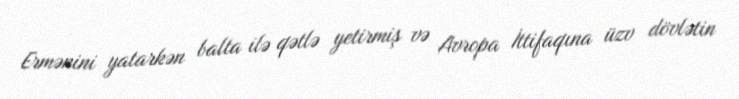
Ermənini yatarkən balta ilə qətlə yetirmiş və Avropa İttifaqına üzv dövlətin